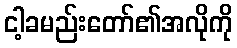
ငါ့ခမည်းတော်၏အလိုကို